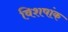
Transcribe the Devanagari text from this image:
विशषांक